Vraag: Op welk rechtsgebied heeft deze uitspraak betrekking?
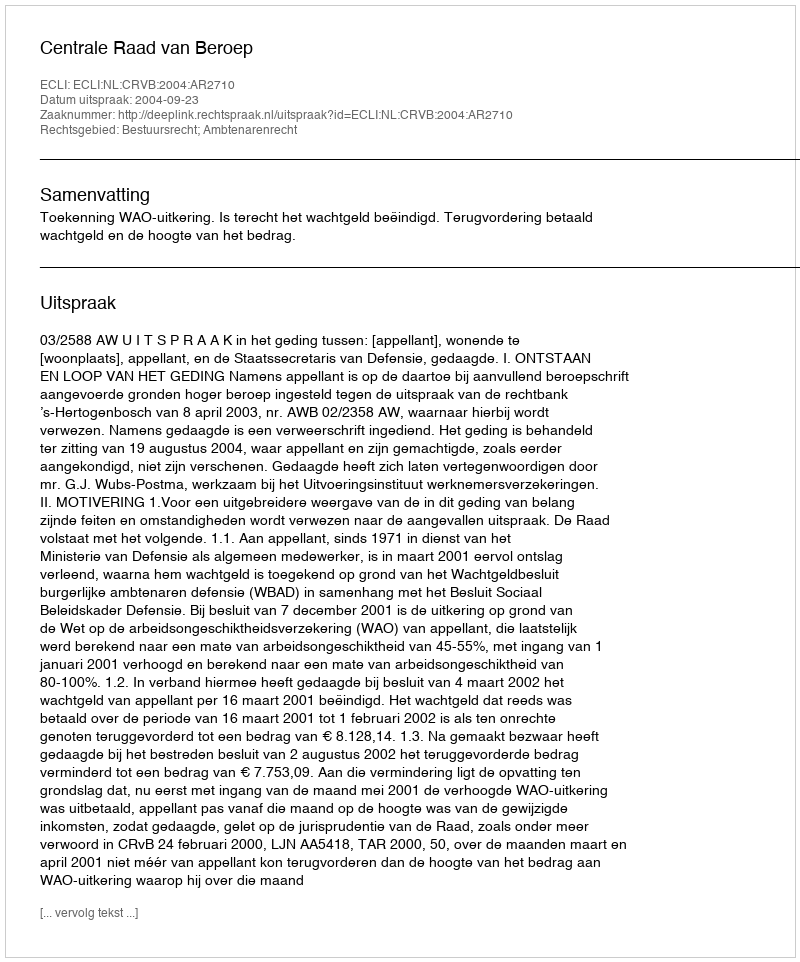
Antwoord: Bestuursrecht; Ambtenarenrecht